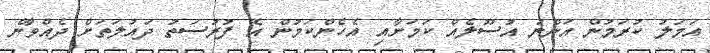
އަމަލު ކުރަމުން އަންނަ އުސޫލެއް ކަމަށާއި އެހެންކަމުން އެ ފުރުސަތު ދައުލަތަށް ދެއްވާނެ